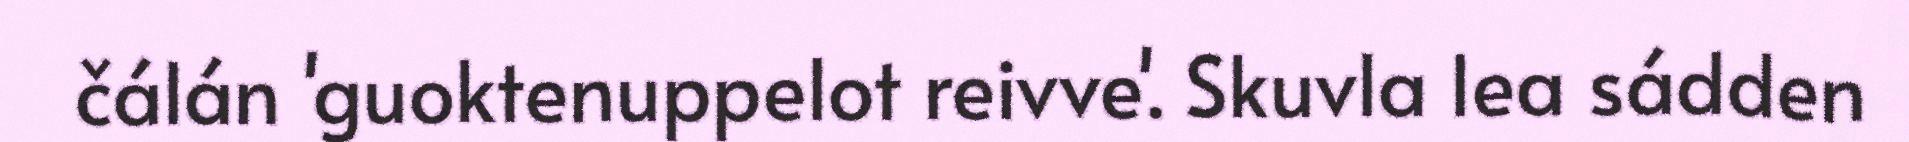
čálán 'guoktenuppelot reivve'. Skuvla lea sádden